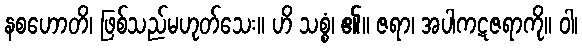
နစဟောတိ၊ ဖြစ်သည်မဟုတ်သေး။ ဟိ သစ္စံ၊ ၏။ ဇရာ၊ အပါကဋဇရာကို။ ဝါ၊